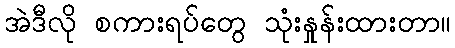
အဲဒီလို စကားရပ်တွေ သုံးနှုန်းထားတာ။